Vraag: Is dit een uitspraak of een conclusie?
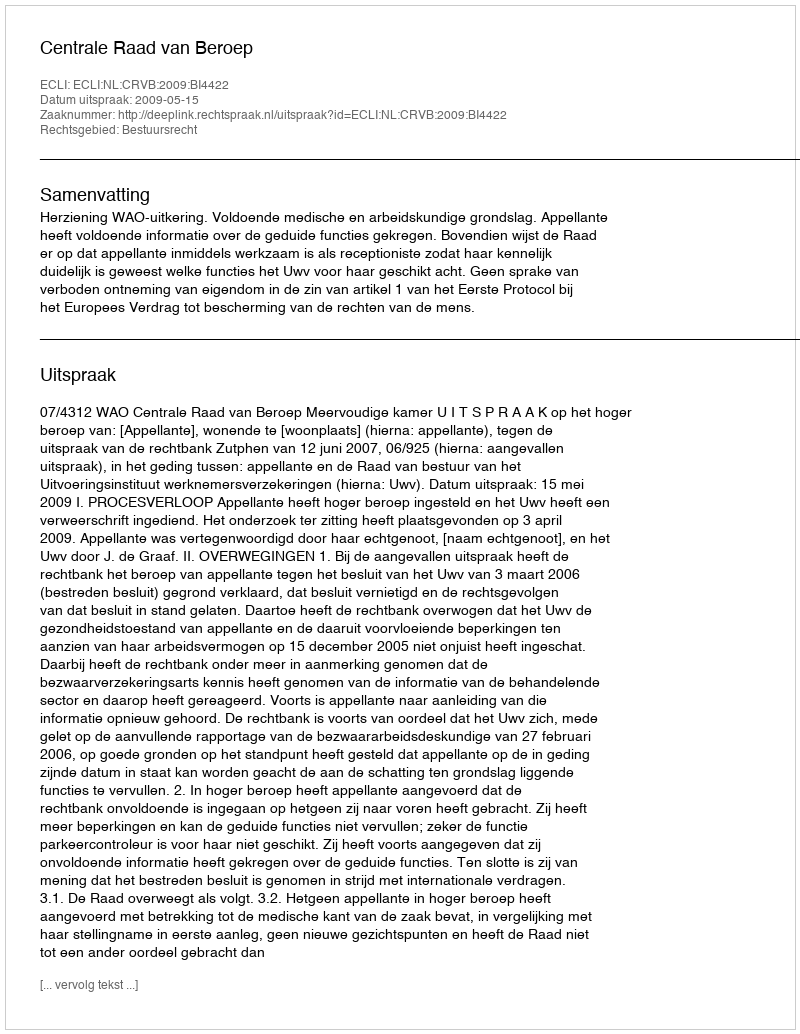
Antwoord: Uitspraak